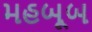
મહબૂબ